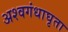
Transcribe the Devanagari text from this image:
अश्वगंधाघृता